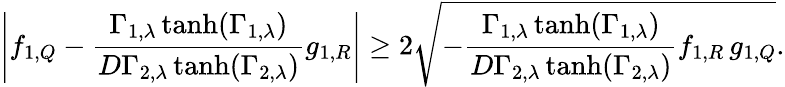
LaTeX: \left|f_{1,Q}-\frac{\Gamma_{1,\lambda}\operatorname{tanh}(\Gamma_{1,\lambda})}{D\Gamma_{2,\lambda}\operatorname{tanh}(\Gamma_{2,\lambda})}g_{1,R}\right|\geq 2\sqrt{-\frac{\Gamma_{1,\lambda}\operatorname{tanh}(\Gamma_{1,\lambda})}{D\Gamma_{2,\lambda}\operatorname{tanh}(\Gamma_{2,\lambda})}f_{1,R}\, g_{1,Q}}.